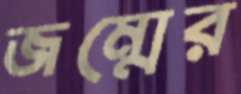
জম্মের